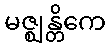
မဇ္ဈန္တိကေ